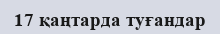
17 қаңтарда туғандар